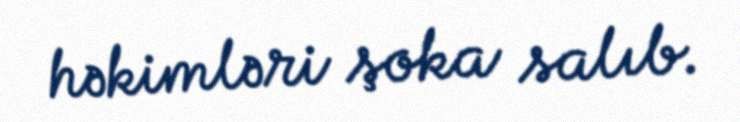
həkimləri şoka salıb.